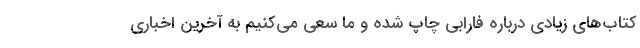
کتاب‌های زیادی درباره فارابی چاپ شده و ما سعی می‌کنیم به آخرین اخباری